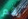
رقم